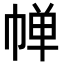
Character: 𪩷